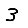
Digit: 3